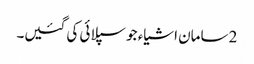
2 سامان اشیاء جو سپلائی کی گئیں۔